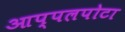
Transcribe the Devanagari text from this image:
आप्पलपोटा